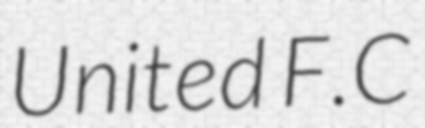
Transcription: United F.C